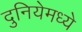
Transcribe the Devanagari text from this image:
दुनियेमध्ये